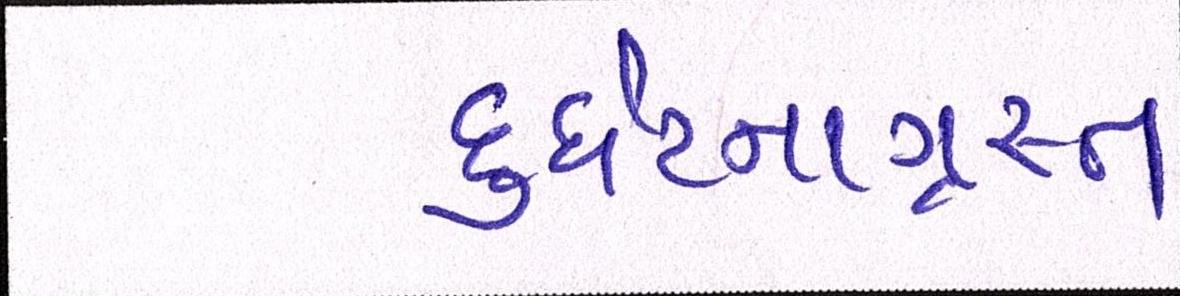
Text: દુર્ઘટનાગ્રસ્ત